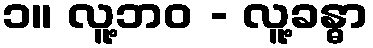
၁။ လူ့ဘဝ - လူ့ခန္ဓာ